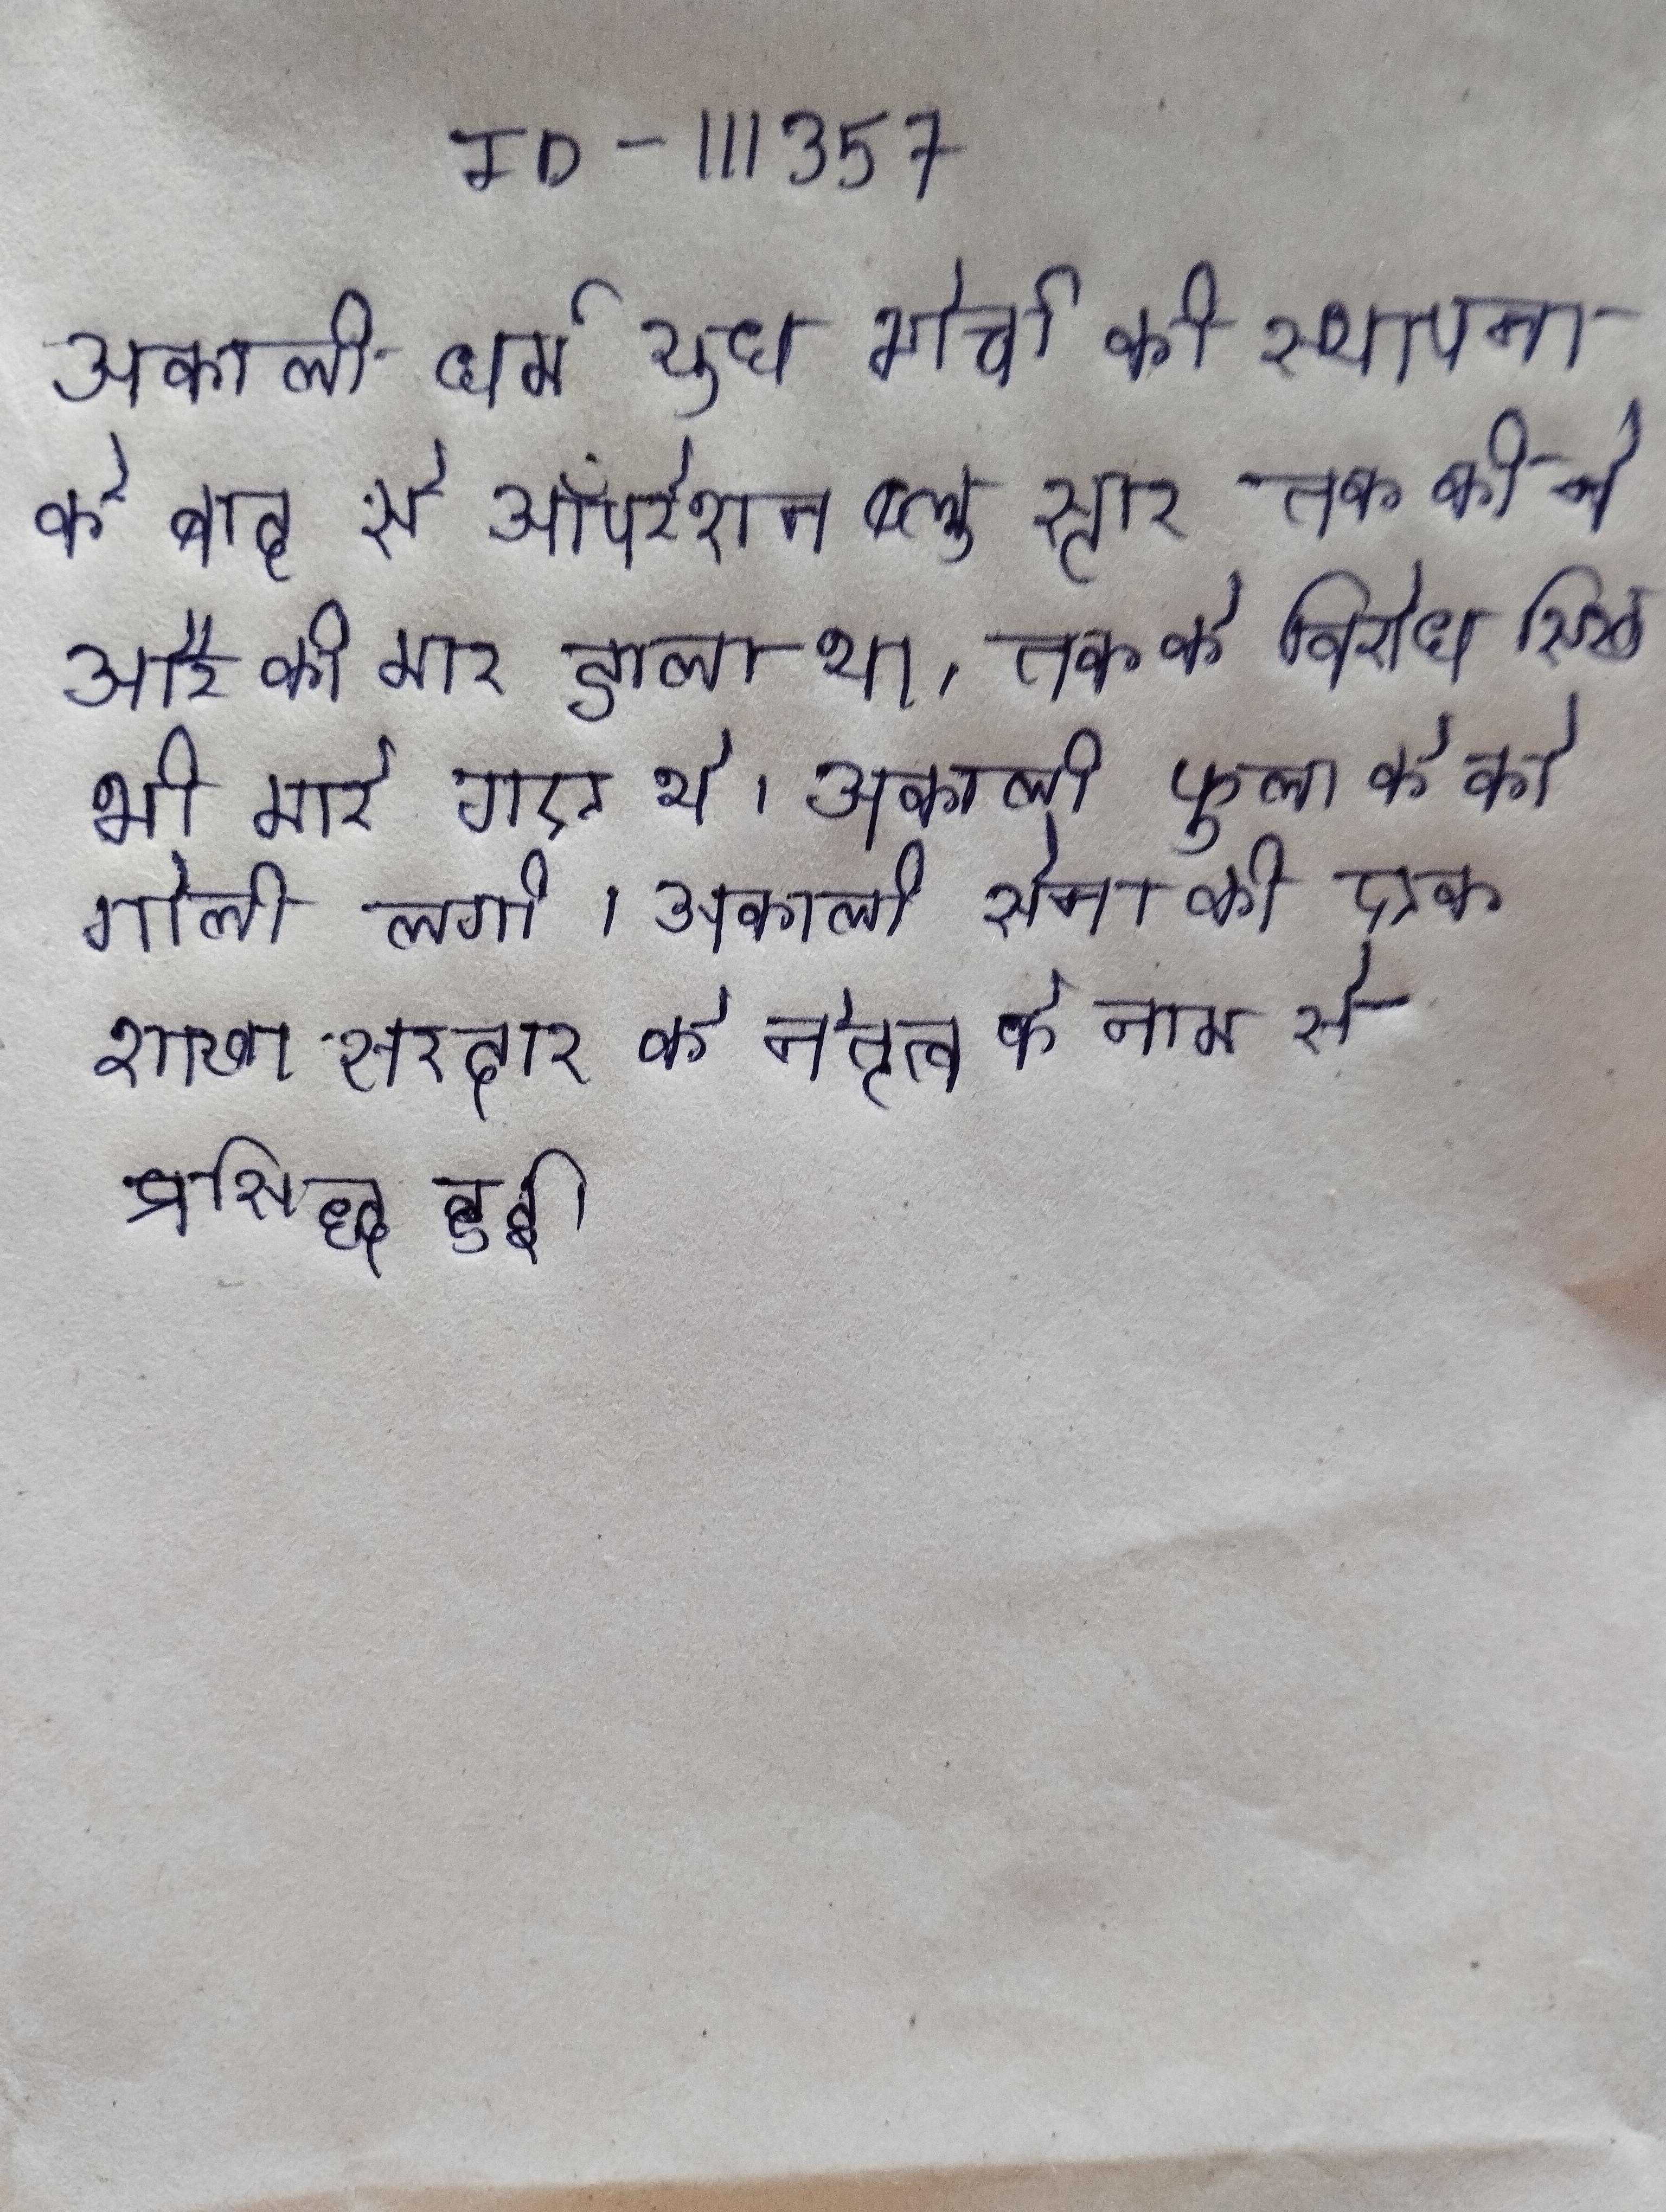
अकाली धर्म युध मोर्चा की स्थापना के बाद से ऑपरेशन ब्लू स्टार तक की ने और को मार डाला था, तक के विरोध सिख भी मारे गए थे । अकाली फूला के को गोली लगी । अकाली सेना की एक शाखा सरदार के नेतृत्व के नाम से प्रसिद्ध हुई ।